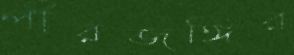
পীরজঙ্গির